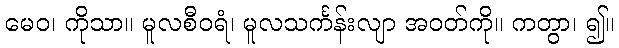
မေဝ၊ ကိုသာ။ မူလစီဝရံ၊ မူလသင်္ကန်းလျာ အဝတ်ကို။ ကတွာ၊ ၍။